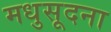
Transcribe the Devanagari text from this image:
मधुसूदना